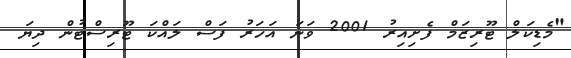
"މެޑިކަލް ޓޫރިޒަމް ފެށިއިރު 2001 ވަނަ އަހަރު ފަސް ލައްކަ ޓޫރިސްޓުން ދިޔަ